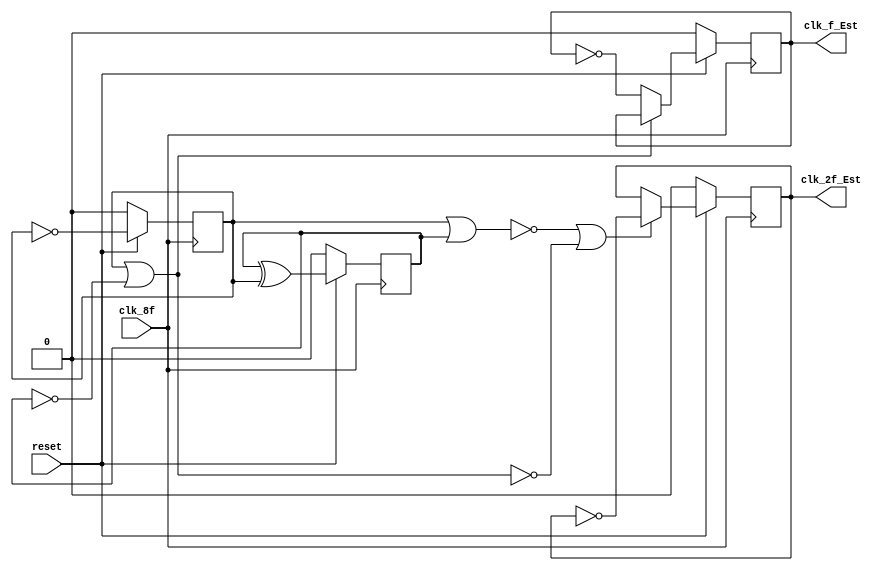
/* Generated by Yosys 0.8+285 (git sha1 a7ac8393, clang 6.0.0-1ubuntu2 -fPIC -Os) */

(* top =  1  *)
(* src = " Generador128f_Est.v:1" *)
module  Generador128f_Est(clk_8f, reset, clk_f_Est, clk_2f_Est);
  (* src = " Generador128f_Est.v:9" *)
  wire _00_;
  (* src = " Generador128f_Est.v:9" *)
  wire _01_;
  (* src = " Generador128f_Est.v:9" *)
  wire [1:0] _02_;
  (* src = " Generador128f_Est.v:15" *)
  wire [31:0] _03_;
  wire _04_;
  wire [1:0] _05_;
  wire _06_;
  (* src = " Generador128f_Est.v:16" *)
  wire _07_;
  (* src = " Generador128f_Est.v:16" *)
  wire _08_;
  (* src = " Generador128f_Est.v:16" *)
  wire _09_;
  (* src = " Generador128f_Est.v:17" *)
  wire _10_;
  (* src = " Generador128f_Est.v:22" *)
  wire _11_;
  wire _12_;
  wire _13_;
  (* src = " Generador128f_Est.v:5" *)
  output clk_2f_Est;
  reg clk_2f_Est;
  (* src = " Generador128f_Est.v:2" *)
  input clk_8f;
  (* src = " Generador128f_Est.v:4" *)
  output clk_f_Est;
  reg clk_f_Est;
  (* src = " Generador128f_Est.v:7" *)
  reg [1:0] contador;
  (* src = " Generador128f_Est.v:3" *)
  input reset;
  assign _06_ = contador[0] |(* src = " Generador128f_Est.v:21" *)  _05_[1];
  assign _04_ = contador[0] |(* src = " Generador128f_Est.v:16" *)  contador[1];
  assign _07_ = ~(* src = " Generador128f_Est.v:16" *) _04_;
  assign _08_ = ~(* src = " Generador128f_Est.v:21" *) _06_;
  assign _09_ = _07_ |(* src = " Generador128f_Est.v:16" *)  _08_;
  assign _12_ = _09_ ? (* src = " Generador128f_Est.v:16" *) _10_ : clk_2f_Est;
  assign _02_[0] = reset ? (* src = " Generador128f_Est.v:10" *) _03_[0] : 1'h0;
  assign _02_[1] = reset ? (* src = " Generador128f_Est.v:10" *) _03_[1] : 1'h0;
  assign _00_ = reset ? (* src = " Generador128f_Est.v:10" *) _12_ : 1'h0;
  assign _13_ = _06_ ? (* src = " Generador128f_Est.v:21" *) clk_f_Est : _11_;
  assign _01_ = reset ? (* src = " Generador128f_Est.v:10" *) _13_ : 1'h0;
  assign _10_ = ~(* src = " Generador128f_Est.v:17" *) clk_2f_Est;
  assign _11_ = ~(* src = " Generador128f_Est.v:22" *) clk_f_Est;
  (* src = " Generador128f_Est.v:9" *)
  always @(posedge clk_8f)
      contador[1] <= _02_[1];
  (* src = " Generador128f_Est.v:9" *)
  always @(posedge clk_8f)
      clk_f_Est <= _01_;
  (* src = " Generador128f_Est.v:9" *)
  always @(posedge clk_8f)
      clk_2f_Est <= _00_;
  (* src = " Generador128f_Est.v:9" *)
  always @(posedge clk_8f)
      contador[0] <= _02_[0];
  assign _03_[1] = contador[1] ^(* src = " Generador128f_Est.v:15|<techmap.v>:263" *)  contador[0];
  assign _03_[0] = contador[0] ^(* src = " Generador128f_Est.v:15|<techmap.v>:262" *)  1'h1;
  assign _05_[1] = contador[1] ^(* src = " Generador128f_Est.v:21" *)  1'h1;
endmodule